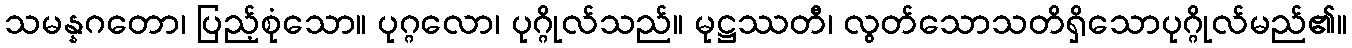
သမန္နဂတော၊ ပြည့်စုံသော။ ပုဂ္ဂလော၊ ပုဂ္ဂိုလ်သည်။ မုဋ္ဌဿတီ၊ လွတ်သောသတိရှိသောပုဂ္ဂိုလ်မည်၏။